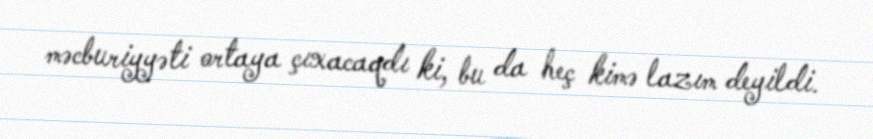
məcburiyyəti ortaya çıxacaqdı ki, bu da heç kimə lazım deyildi.